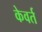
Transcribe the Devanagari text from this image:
केवर्त